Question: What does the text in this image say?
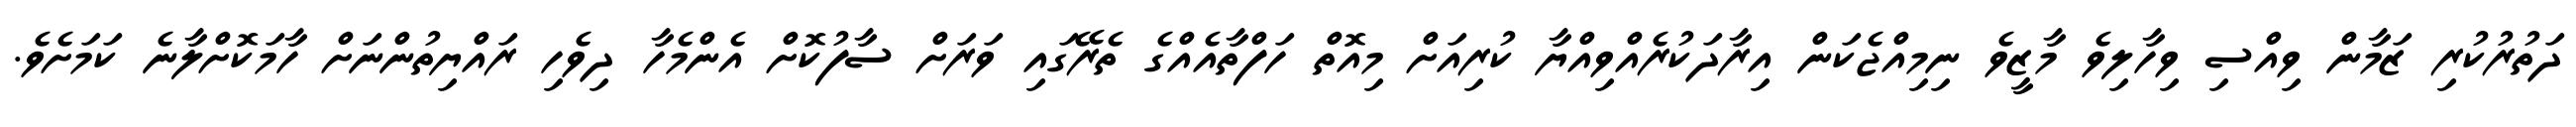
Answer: ދަތުރުކުރި ޒަމާން ވިއްސި ވިހާލިވެ މާޒީވެ ނިމިއްޖެކަން އިރާދަކުރެއްވިއްޔާ ކުރިއަށް މިއޮތް ހަފްތާއެއްގެ ތެރޭގައި ވަރަށް ސާފުކޮށް އެންމެހާ ދިވެހި ރައްޔިތުންނަށް ހާމަކޮށްލާނެ ކަމަށެވެ.